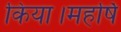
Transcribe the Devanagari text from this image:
किया।महर्षि